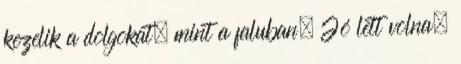
kezelik a dolgokat, mint a faluban. Jó lett volna,